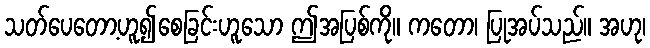
သတ်ပေတော့ဟူ၍စေခြင်းဟူသော ဤအပြစ်ကို။ ကတော၊ ပြုအပ်သည်။ အဟု၊